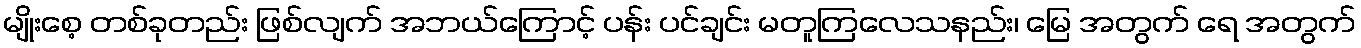
မျိုးစေ့ တစ်ခုတည်း ဖြစ်လျက် အဘယ်ကြောင့် ပန်း ပင်ချင်း မတူကြလေသနည်း၊ မြေ အတွက် ရေ အတွက်